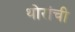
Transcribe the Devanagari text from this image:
थोरांची